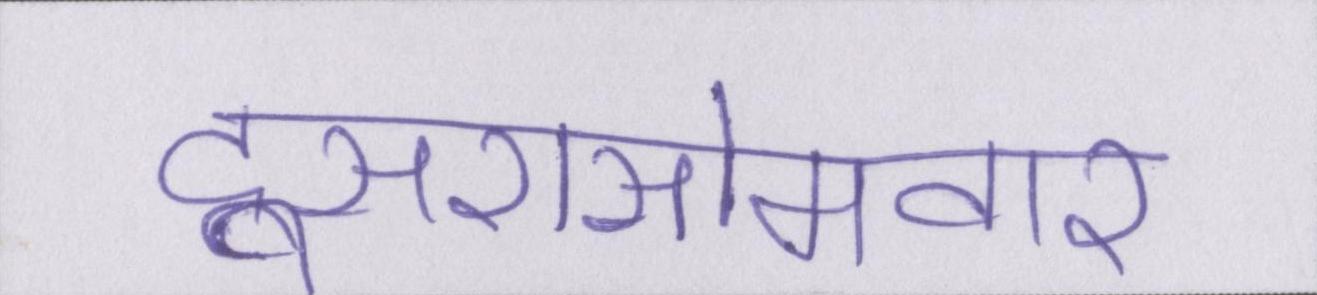
दूसरासोमवार